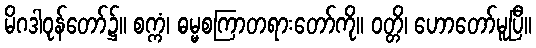
မိဂဒါဝုန်တော်၌။ စက္ကံ၊ ဓမ္မစကြာတရားတော်ကို။ ဝတ္တိ၊ ဟောတော်မူပြီ။